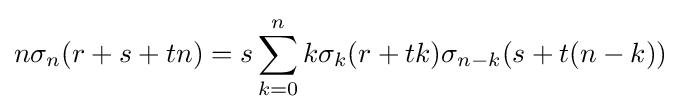
n\sigma _{n}(r+s+tn)=s\sum _{k=0}^{n}k\sigma _{k}(r+tk)\sigma _{n-k}(s+t(n-k))